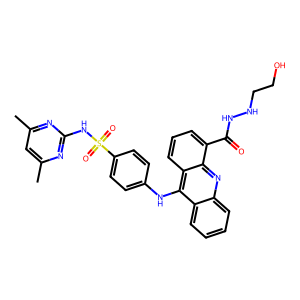
SMILES: Cc1cc(C)nc(NS(=O)(=O)c2ccc(Nc3c4ccccc4nc4c(C(=O)NNCCO)cccc34)cc2)n1
Inhibits HIV replication: No